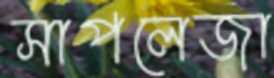
সাপলেজা